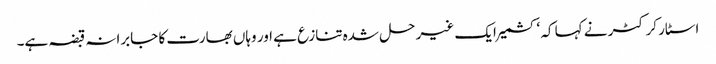
اسٹار کرکٹر نے کہا کہ ‘کشمیر ایک غیر حل شدہ تنازع ہے اور وہاں بھارت کا جابرانہ قبضہ ہے۔